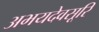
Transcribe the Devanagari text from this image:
अभयदेवसूरि